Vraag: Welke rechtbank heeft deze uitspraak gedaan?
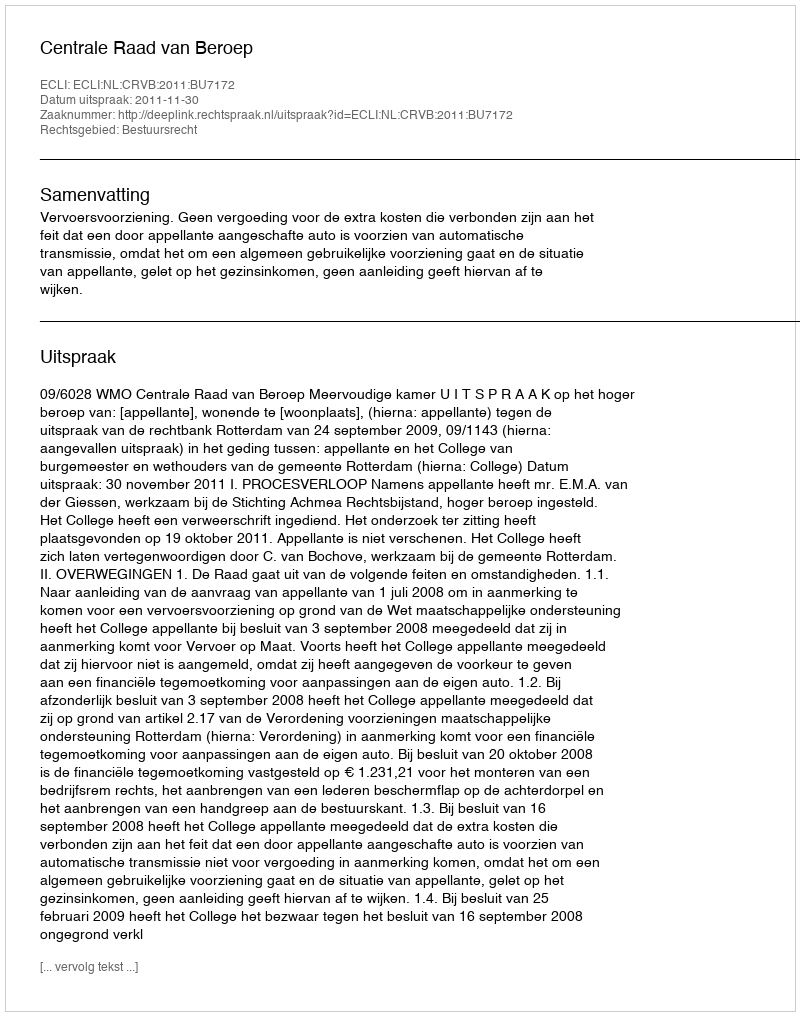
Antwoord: Centrale Raad van Beroep